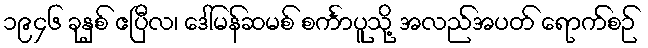
၁၉၄၆ ခုနှစ် ဧပြီလ၊ ဒေါ်မန်ဆမစ် စင်္ကာပူသို့ အလည်အပတ် ရောက်စဉ်